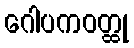
ဂေါပကဝတ္ထု